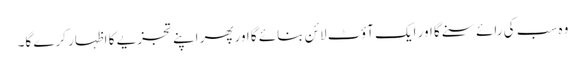
وہ سب کی رائے سنے گا اور ایک آؤٹ لائن بنائے گا اورپھر اپنے تجزیے کا اظہار کرے گا۔